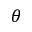
\theta